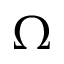
\Omega